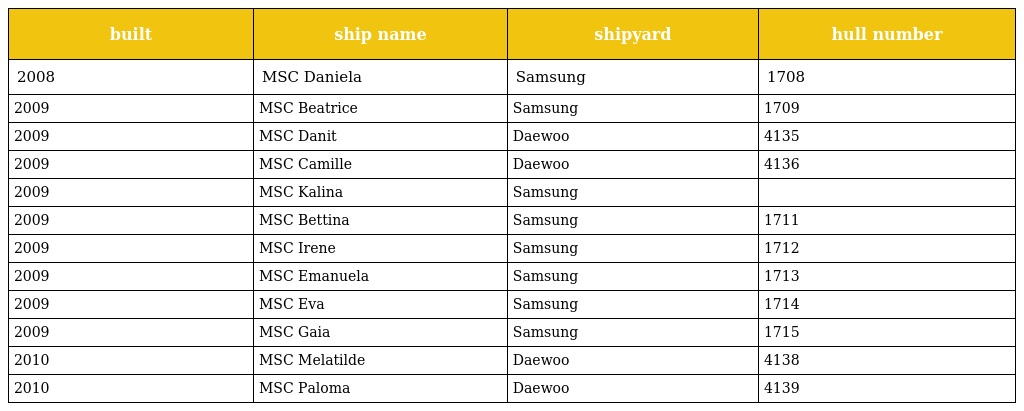
| built | ship name | shipyard | hull number |
 | --- | --- | --- | --- |
 | 2008 | MSC Daniela | Samsung | 1708 |
 | 2009 | MSC Beatrice | Samsung | 1709 |
 | 2009 | MSC Danit | Daewoo | 4135 |
 | 2009 | MSC Camille | Daewoo | 4136 |
 | 2009 | MSC Kalina | Samsung |  |
 | 2009 | MSC Bettina | Samsung | 1711 |
 | 2009 | MSC Irene | Samsung | 1712 |
 | 2009 | MSC Emanuela | Samsung | 1713 |
 | 2009 | MSC Eva | Samsung | 1714 |
 | 2009 | MSC Gaia | Samsung | 1715 |
 | 2010 | MSC Melatilde | Daewoo | 4138 |
 | 2010 | MSC Paloma | Daewoo | 4139 |